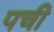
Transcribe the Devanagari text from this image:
पची